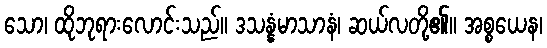
သော၊ ထိုဘုရားလောင်းသည်။ ဒသန္နံမာသာနံ၊ ဆယ်လတို့၏။ အစ္စယေန၊